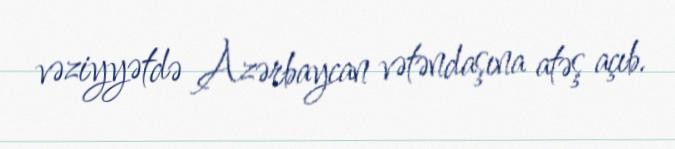
vəziyyətdə Azərbaycan vətəndaşına atəş açıb.